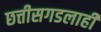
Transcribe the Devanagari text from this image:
छत्तीसगडलाही